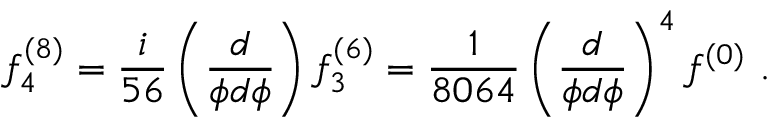
f _ { 4 } ^ { ( 8 ) } = \frac { i } { 5 6 } \left( \frac { d } { \phi d \phi } \right) f _ { 3 } ^ { ( 6 ) } = \frac { 1 } { 8 0 6 4 } \left( \frac { d } { \phi d \phi } \right) ^ { 4 } f ^ { ( 0 ) } ~ .